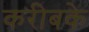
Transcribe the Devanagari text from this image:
करीबके